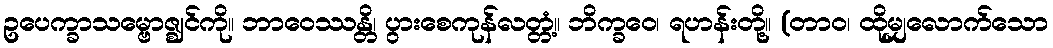
ဥပေက္ခာသမ္ဗောဇ္ဈင်ကို။ ဘာဝေဿန္တိ၊ ပွားစေကုန်လတ္တံ့။ ဘိက္ခဝေ၊ ရဟန်းတို့။ (တာဝ၊ ထိုမျှလောက်သော